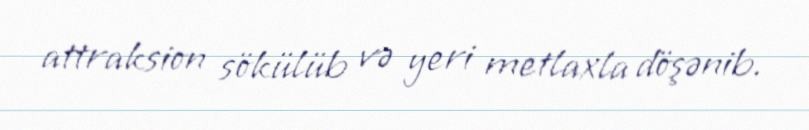
attraksion sökülüb və yeri metlaxla döşənib.